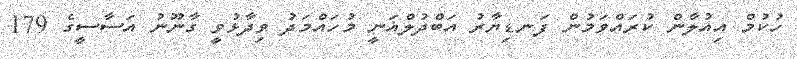
ހުކުމް އިއުލާން ކުރައްވަމުން ފަނޑިޔާރު އަބްދުލްޣަނީ މުހައްމަދު ވިދާޅުވީ ގާނޫނު އަސާސީގެ 179